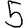
Digit: 5